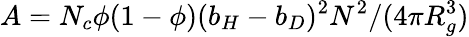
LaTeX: A=N_{c}\phi(1-\phi)(b_{H}-b_{D})^{2}N^{2}/(4\pi R_{g}^{3})